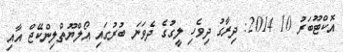
އޮކްޓޫބަރު 10 2014: ދިރާގު ދިވެހި ލީގުގެ ދެވަނަ ބުރުގައި އޯލްޔޫތްލިންކޭޖް އާއި